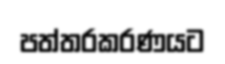
පත්තරකරණයට